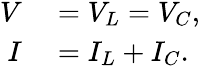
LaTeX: \begin{array}{rl}{V}&{{}=V_{L}=V_{C},}\\ {I}&{{}=I_{L}+I_{C}.}\end{array}